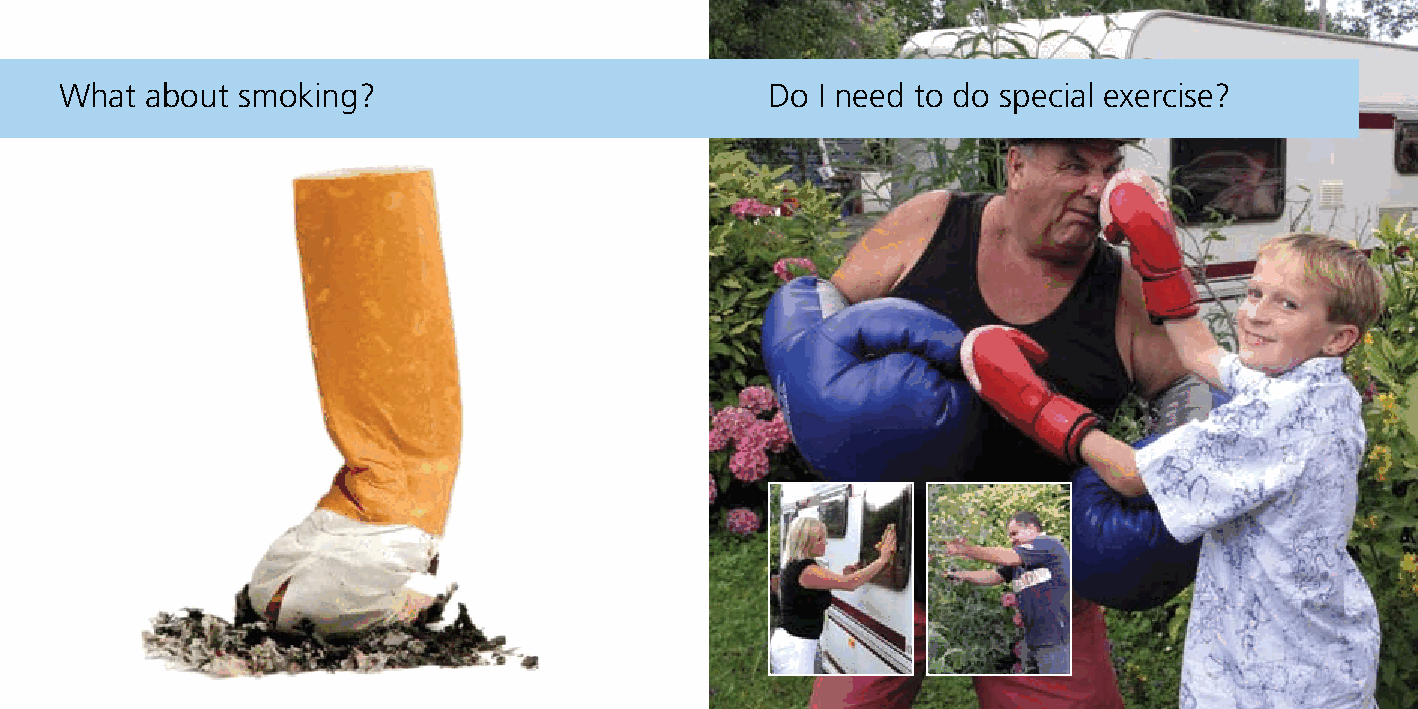
What  about smoking?                           Do I need to do special exercise?